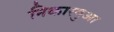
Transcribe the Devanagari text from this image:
निकारगुआ